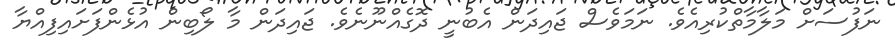
ނަފުސަށް މަލާމާތްކުރިއެވެ. ނަމަވެސް ޖައިދަން އެބުނީ ދޮގެއްނޫނެވެ. ޖައިދަން މާ ލޯބިން އުޅެންފަށައިފިއްޔާ